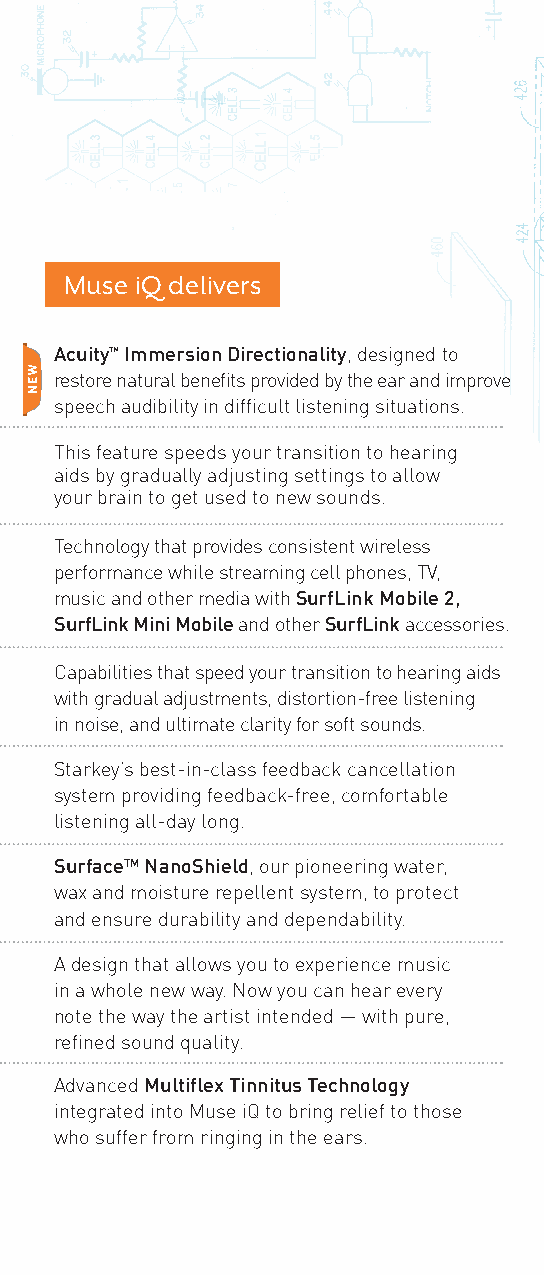
Muse iQ delivers
 Acuity™ Immersion Directionality, designed to
 restore natural benefits provided by the ear and improve
 speech audibility in difficult listening situations.
 This feature speeds your transition to hearing
 aids by gradually adjusting settings to allow
 your brain to get used to new sounds.
 Technology that provides consistent wireless
 performance while streaming cell phones, TV,
 music and other media with SurfLink Mobile 2,
 SurfLink Mini Mobile and other SurfLink accessories.
 Capabilities that speed your transition to hearing aids
 with gradual adjustments, distortion-free listening
 in noise, and ultimate clarity for soft sounds.
 Starkey’s best-in-class feedback cancellation
 system providing feedback-free, comfortable
 listening all-day long.
 SurfaceTM NanoShield, our pioneering water,
 wax and moisture repellent system, to protect
 and ensure durability and dependability.
 A design that allows you to experience music
 in a whole new way. Now you can hear every
 note the way the artist intended — with pure,
 refined sound quality.
 Advanced Multiflex Tinnitus Technology
 integrated into Muse iQ to bring relief to those
 who suffer from ringing in the ears.